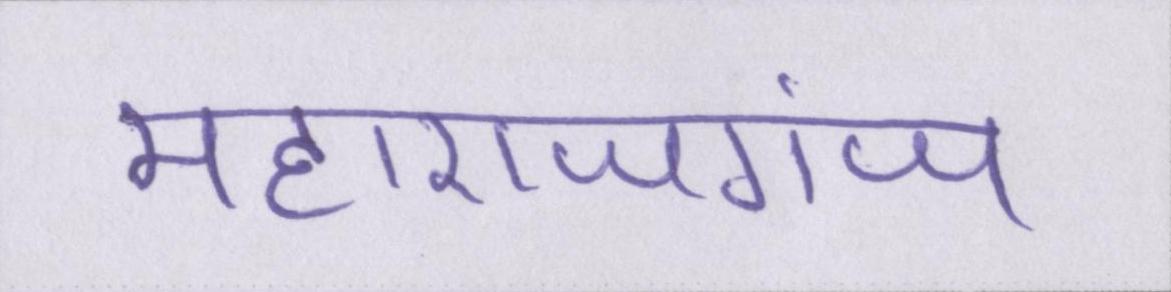
महाराजगंज